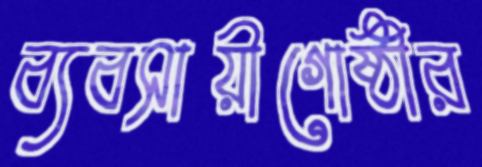
ব্যবসায়ীগোষ্ঠীর